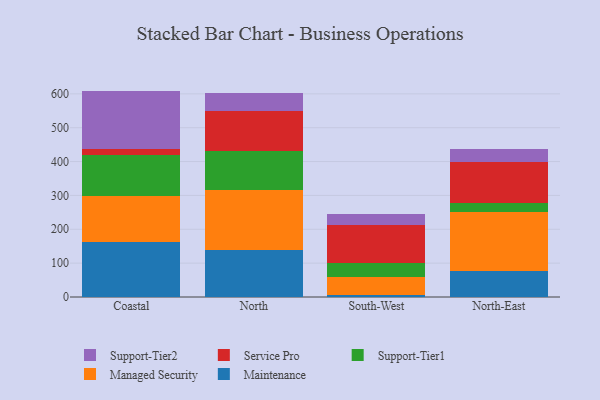
{"axis": {"x": "Region", "y": "Backlog"}, "legend": ["Maintenance", "Managed Security", "Service Pro", "Support-Tier1", "Support-Tier2"], "data": [{"x": "Coastal", "y": 163.9, "type": "Maintenance"}, {"x": "Coastal", "y": 134.8, "type": "Managed Security"}, {"x": "Coastal", "y": 122.0, "type": "Support-Tier1"}, {"x": "Coastal", "y": 16.5, "type": "Service Pro"}, {"x": "Coastal", "y": 171.6, "type": "Support-Tier2"}, {"x": "North", "y": 138.8, "type": "Maintenance"}, {"x": "North", "y": 176.7, "type": "Managed Security"}, {"x": "North", "y": 115.9, "type": "Support-Tier1"}, {"x": "North", "y": 116.6, "type": "Service Pro"}, {"x": "North", "y": 53.7, "type": "Support-Tier2"}, {"x": "South-West", "y": 7.0, "type": "Maintenance"}, {"x": "South-West", "y": 51.3, "type": "Managed Security"}, {"x": "South-West", "y": 43.0, "type": "Support-Tier1"}, {"x": "South-West", "y": 110.4, "type": "Service Pro"}, {"x": "South-West", "y": 32.5, "type": "Support-Tier2"}, {"x": "North-East", "y": 77.7, "type": "Maintenance"}, {"x": "North-East", "y": 172.8, "type": "Managed Security"}, {"x": "North-East", "y": 26.0, "type": "Support-Tier1"}, {"x": "North-East", "y": 121.3, "type": "Service Pro"}, {"x": "North-East", "y": 39.8, "type": "Support-Tier2"}]}